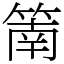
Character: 䈒